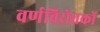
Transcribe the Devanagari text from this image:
वर्णविरोधकों